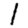
Digit: 1